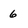
Character: 6